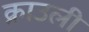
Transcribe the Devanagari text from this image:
क्राउली